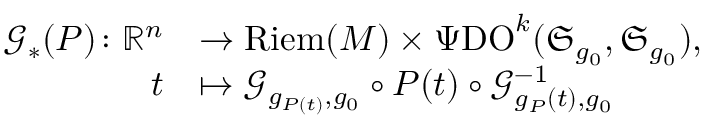
\begin{array} { r l } { \mathcal { G } _ { \ast } ( P ) \colon \mathord { \mathbb { R } } ^ { n } } & { \rightarrow \mathrm { R i e m } ( M ) \times \Psi \mathrm { D O } ^ { k } ( \mathfrak { S } _ { g _ { 0 } } , \mathfrak { S } _ { g _ { 0 } } ) , } \\ { t } & { \mapsto \mathcal { G } _ { g _ { P ( t ) } , g _ { 0 } } \circ P ( t ) \circ \mathcal { G } _ { g _ { P } ( t ) , g _ { 0 } } ^ { - 1 } } \end{array}